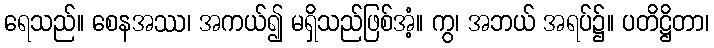
ရေသည်။ စေနအဿ၊ အကယ်၍ မရှိသည်ဖြစ်အံ့။ ကွ၊ အဘယ် အရပ်၌။ ပတိဋ္ဌိတာ၊